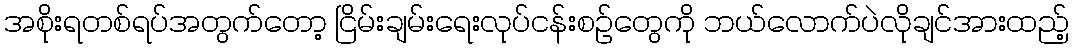
အစိုးရတစ်ရပ်အတွက်တော့ ငြိမ်းချမ်းရေးလုပ်ငန်းစဉ်တွေကို ဘယ်လောက်ပဲလိုချင်အားထည့်